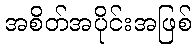
အစိတ်အပိုင်းအဖြစ်